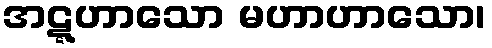
အဋ္ဋဟာသော မဟာဟာသော၊